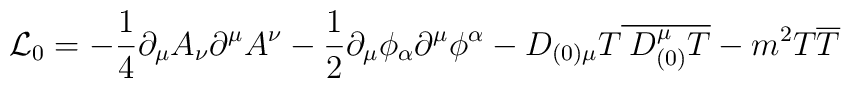
{\cal L}_{0}=-\frac{1}{4}\partial _{\mu }A_{\nu }\partial ^{\mu }A^{\nu }-\frac{1}{2}\partial _{\mu }\phi _{\alpha }\partial ^{\mu }\phi ^{\alpha }-D_{(0)\mu }T\overline{\: D_{(0)}^{\mu }T}-m^{2}T\overline{T}